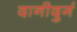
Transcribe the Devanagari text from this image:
दानीदुर्ग